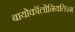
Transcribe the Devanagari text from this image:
बायोकॉलोनियलिज़्म